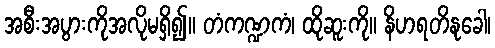
အစီးအပွားကိုအလိုမရှိ၍။ တံကဏ္ဍကံ၊ ထိုဆူးကို။ နိဟရတိနုခေါ၊